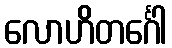
လောဟိတင်္ဂေါ